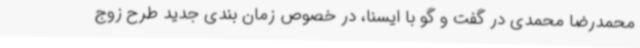
محمدرضا محمدی در گفت و گو با ایسنا، در خصوص زمان بندی جدید طرح زوج